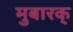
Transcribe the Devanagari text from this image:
मुबारक्